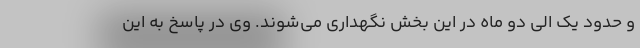
و حدود یک الی دو ماه در این بخش نگهداری می‌شوند. وی در پاسخ به این